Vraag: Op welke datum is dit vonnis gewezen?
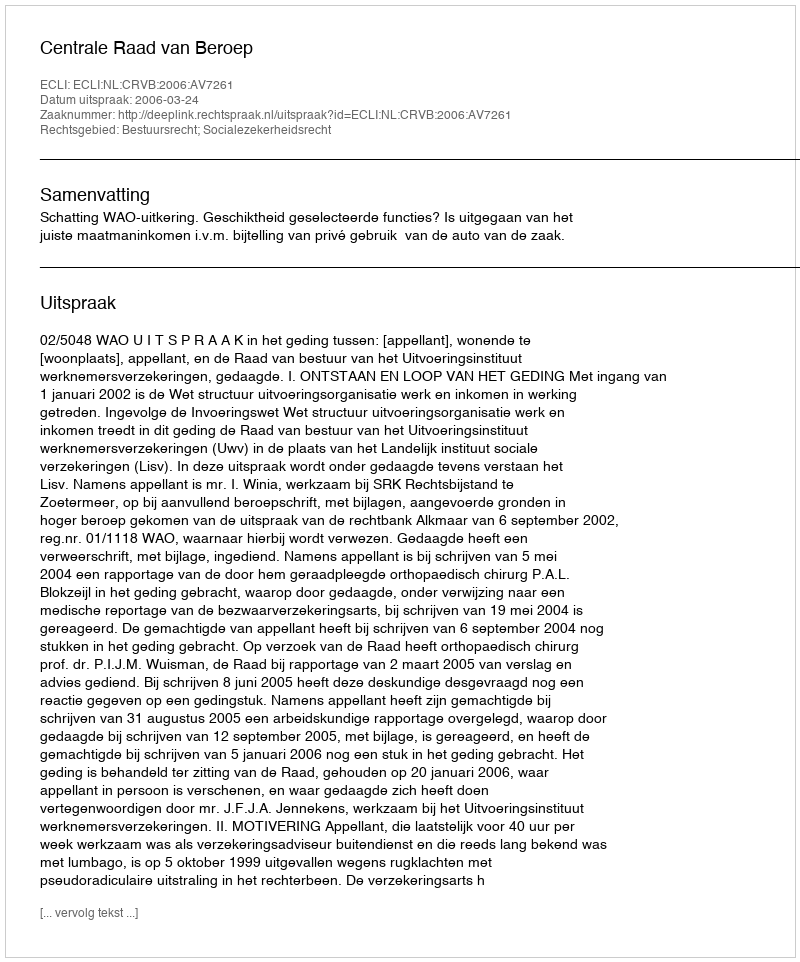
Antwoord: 2006-03-24